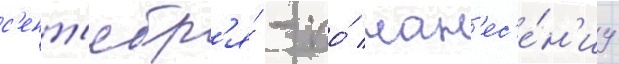
с'ент'ябр'я́ - по́ нан'ес'е́н'иу